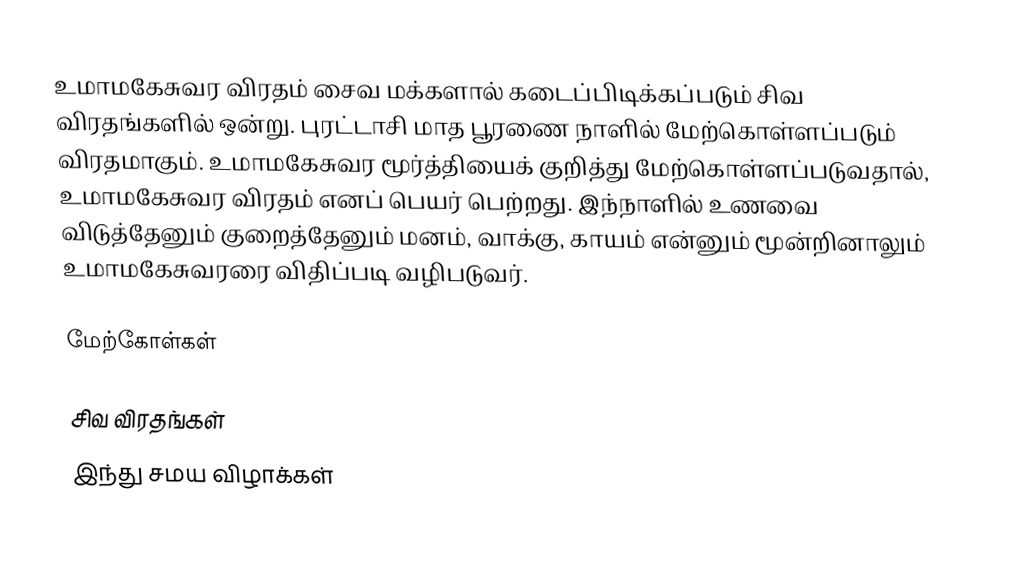
உமாமகேசுவர விரதம் சைவ மக்களால் கடைப்பிடிக்கப்படும் சிவ விரதங்களில் ஒன்று. புரட்டாசி மாத பூரணை நாளில் மேற்கொள்ளப்படும் விரதமாகும். உமாமகேசுவர மூர்த்தியைக் குறித்து மேற்கொள்ளப்படுவதால், உமாமகேசுவர விரதம் எனப் பெயர் பெற்றது. இந்நாளில் உணவை விடுத்தேனும் குறைத்தேனும் மனம், வாக்கு, காயம் என்னும் மூன்றினாலும் உமாமகேசுவரரை விதிப்படி வழிபடுவர்.

மேற்கோள்கள்

சிவ விரதங்கள்
இந்து சமய விழாக்கள்